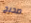
صحيح